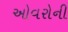
ઓવરોની